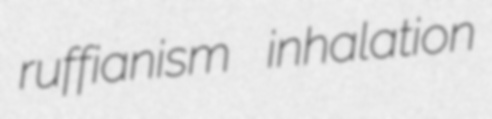
ruffianism inhalation